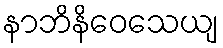
နာဘိနိဝေသေယျ